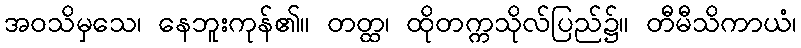
အဝသိမှသေ၊ နေဘူးကုန်၏။ တတ္ထ၊ ထိုတက္ကသိုလ်ပြည်၌။ တီမီသိကာယံ၊